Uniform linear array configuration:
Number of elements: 4
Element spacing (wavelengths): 0.5
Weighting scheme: kaiser
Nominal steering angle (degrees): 60
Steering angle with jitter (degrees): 58.437
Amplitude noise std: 0.05
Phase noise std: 0.05

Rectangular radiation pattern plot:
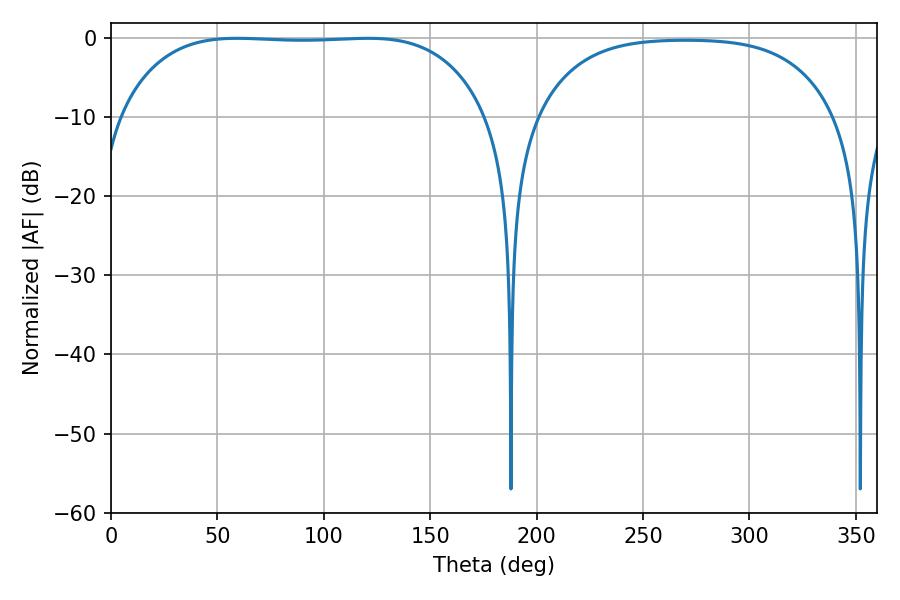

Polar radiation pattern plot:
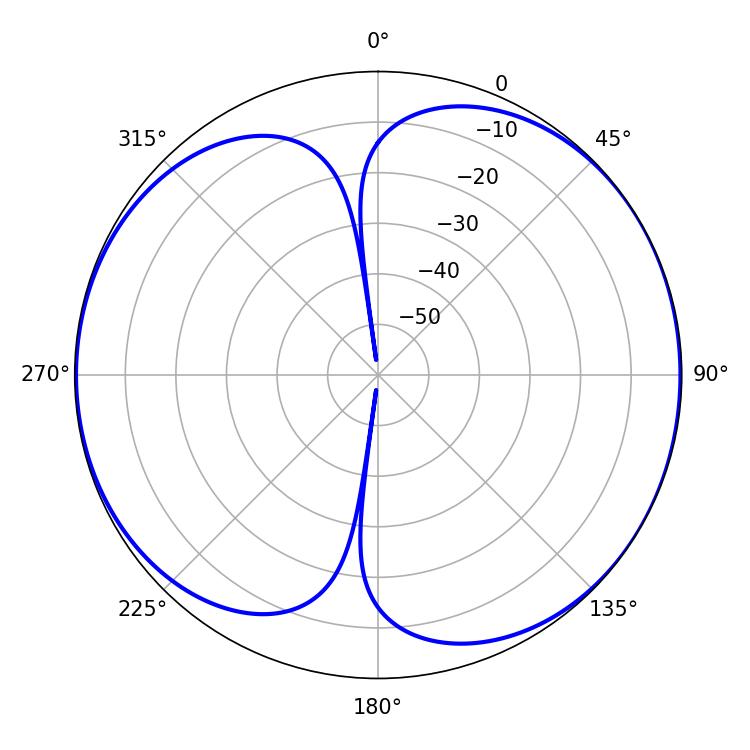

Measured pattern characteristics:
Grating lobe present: FALSE
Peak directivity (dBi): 6.999
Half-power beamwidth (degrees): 134.64
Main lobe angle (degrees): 59.22